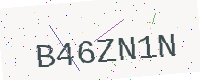
Text: B46ZN1N